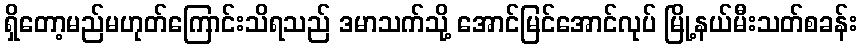
ရှိတော့မည်မဟုတ်ကြောင်းသိရသည် ဒမာသက်သို့ အောင်မြင်အောင်လုပ် မြို့နယ်မီးသတ်စခန်း